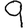
Digit: 9